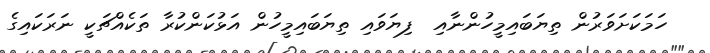
ހަމަކަށަވަރުން ތިޔަބައިމީހުންނާއި  ފިޔަވައި ތިޔަބައިމީހުން އަޅުކަންކުރާ ތަކެއްޗަކީ ނަރަކައިގެ